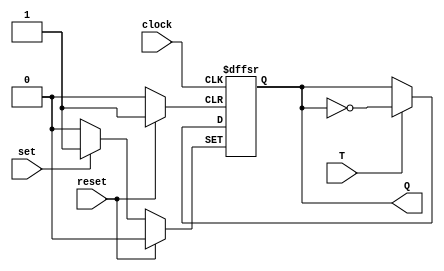
module T_flip_flop (
    input T,
    input set,
    input reset,
    input clock,
    output reg Q
);

always @ (posedge clock or posedge set or posedge reset)
    if (set)
        Q <= 1;
    else if (reset)
        Q <= 0;
    else if (T)
        Q <= ~Q;

endmodule